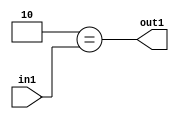
`timescale 1ps / 1ps
/*****************************************************************************
    Verilog RTL Description
    
    
    Created by: Stratus DpOpt 21.05.01 
*******************************************************************************/

module dut_Equal_1U_8_4 (
	in1,
	out1
	); /* architecture "behavioural" */ 
input [2:0] in1;
output  out1;
wire  asc001;

assign asc001 = (8'B00000010==in1);

assign out1 = asc001;
endmodule

/* CADENCE  urjxSwA= : u9/ySxbfrwZIxEzHVQQV8Q== ** DO NOT EDIT THIS LINE ******/